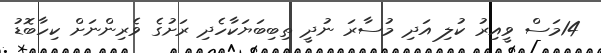
14މަސް ވީއިރު ކުލި އަދި މުސާރަ ނުދީ ތިބިބަޔަކާހެދި ރަށުގެ ވެރިންނަށް ކިހާބޮޑު